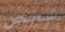
شخص